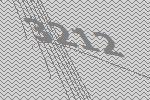
3212